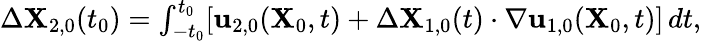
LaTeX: \begin{array}{r}{\Delta\mathbf{X}_{2,0}(t_{0})=\int_{-t_{0}}^{t_{0}}[\mathbf{u}_{2,0}(\mathbf{X}_{0},t)+\Delta\mathbf{X}_{1,0}(t)\cdot\nabla\mathbf{u}_{1,0}(\mathbf{X}_{0},t)]\, dt,}\end{array}